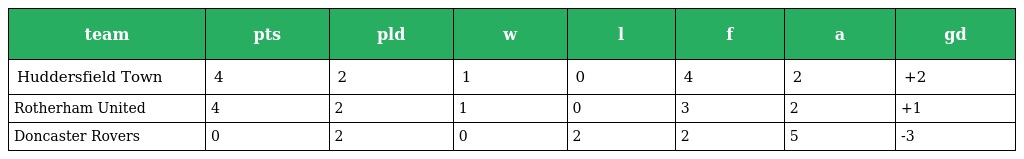
| team | pts | pld | w | l | f | a | gd |
 | --- | --- | --- | --- | --- | --- | --- | --- |
 | Huddersfield Town | 4 | 2 | 1 | 0 | 4 | 2 | +2 |
 | Rotherham United | 4 | 2 | 1 | 0 | 3 | 2 | +1 |
 | Doncaster Rovers | 0 | 2 | 0 | 2 | 2 | 5 | -3 |